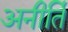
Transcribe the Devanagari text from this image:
अनीर्ति